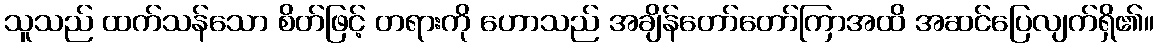
သူသည် ထက်သန်သော စိတ်ဖြင့် တရားကို ဟောသည် အချိန်တော်တော်ကြာအထိ အဆင်ပြေလျက်ရှိ၏။